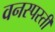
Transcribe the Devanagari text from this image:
वनस्पस्ती